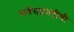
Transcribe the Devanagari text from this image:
सर्वसहमतीची